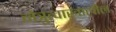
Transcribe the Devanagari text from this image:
नेत्रुत्वाखालील